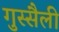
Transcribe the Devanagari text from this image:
गुस्सैली